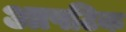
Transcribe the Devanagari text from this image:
आपटिक